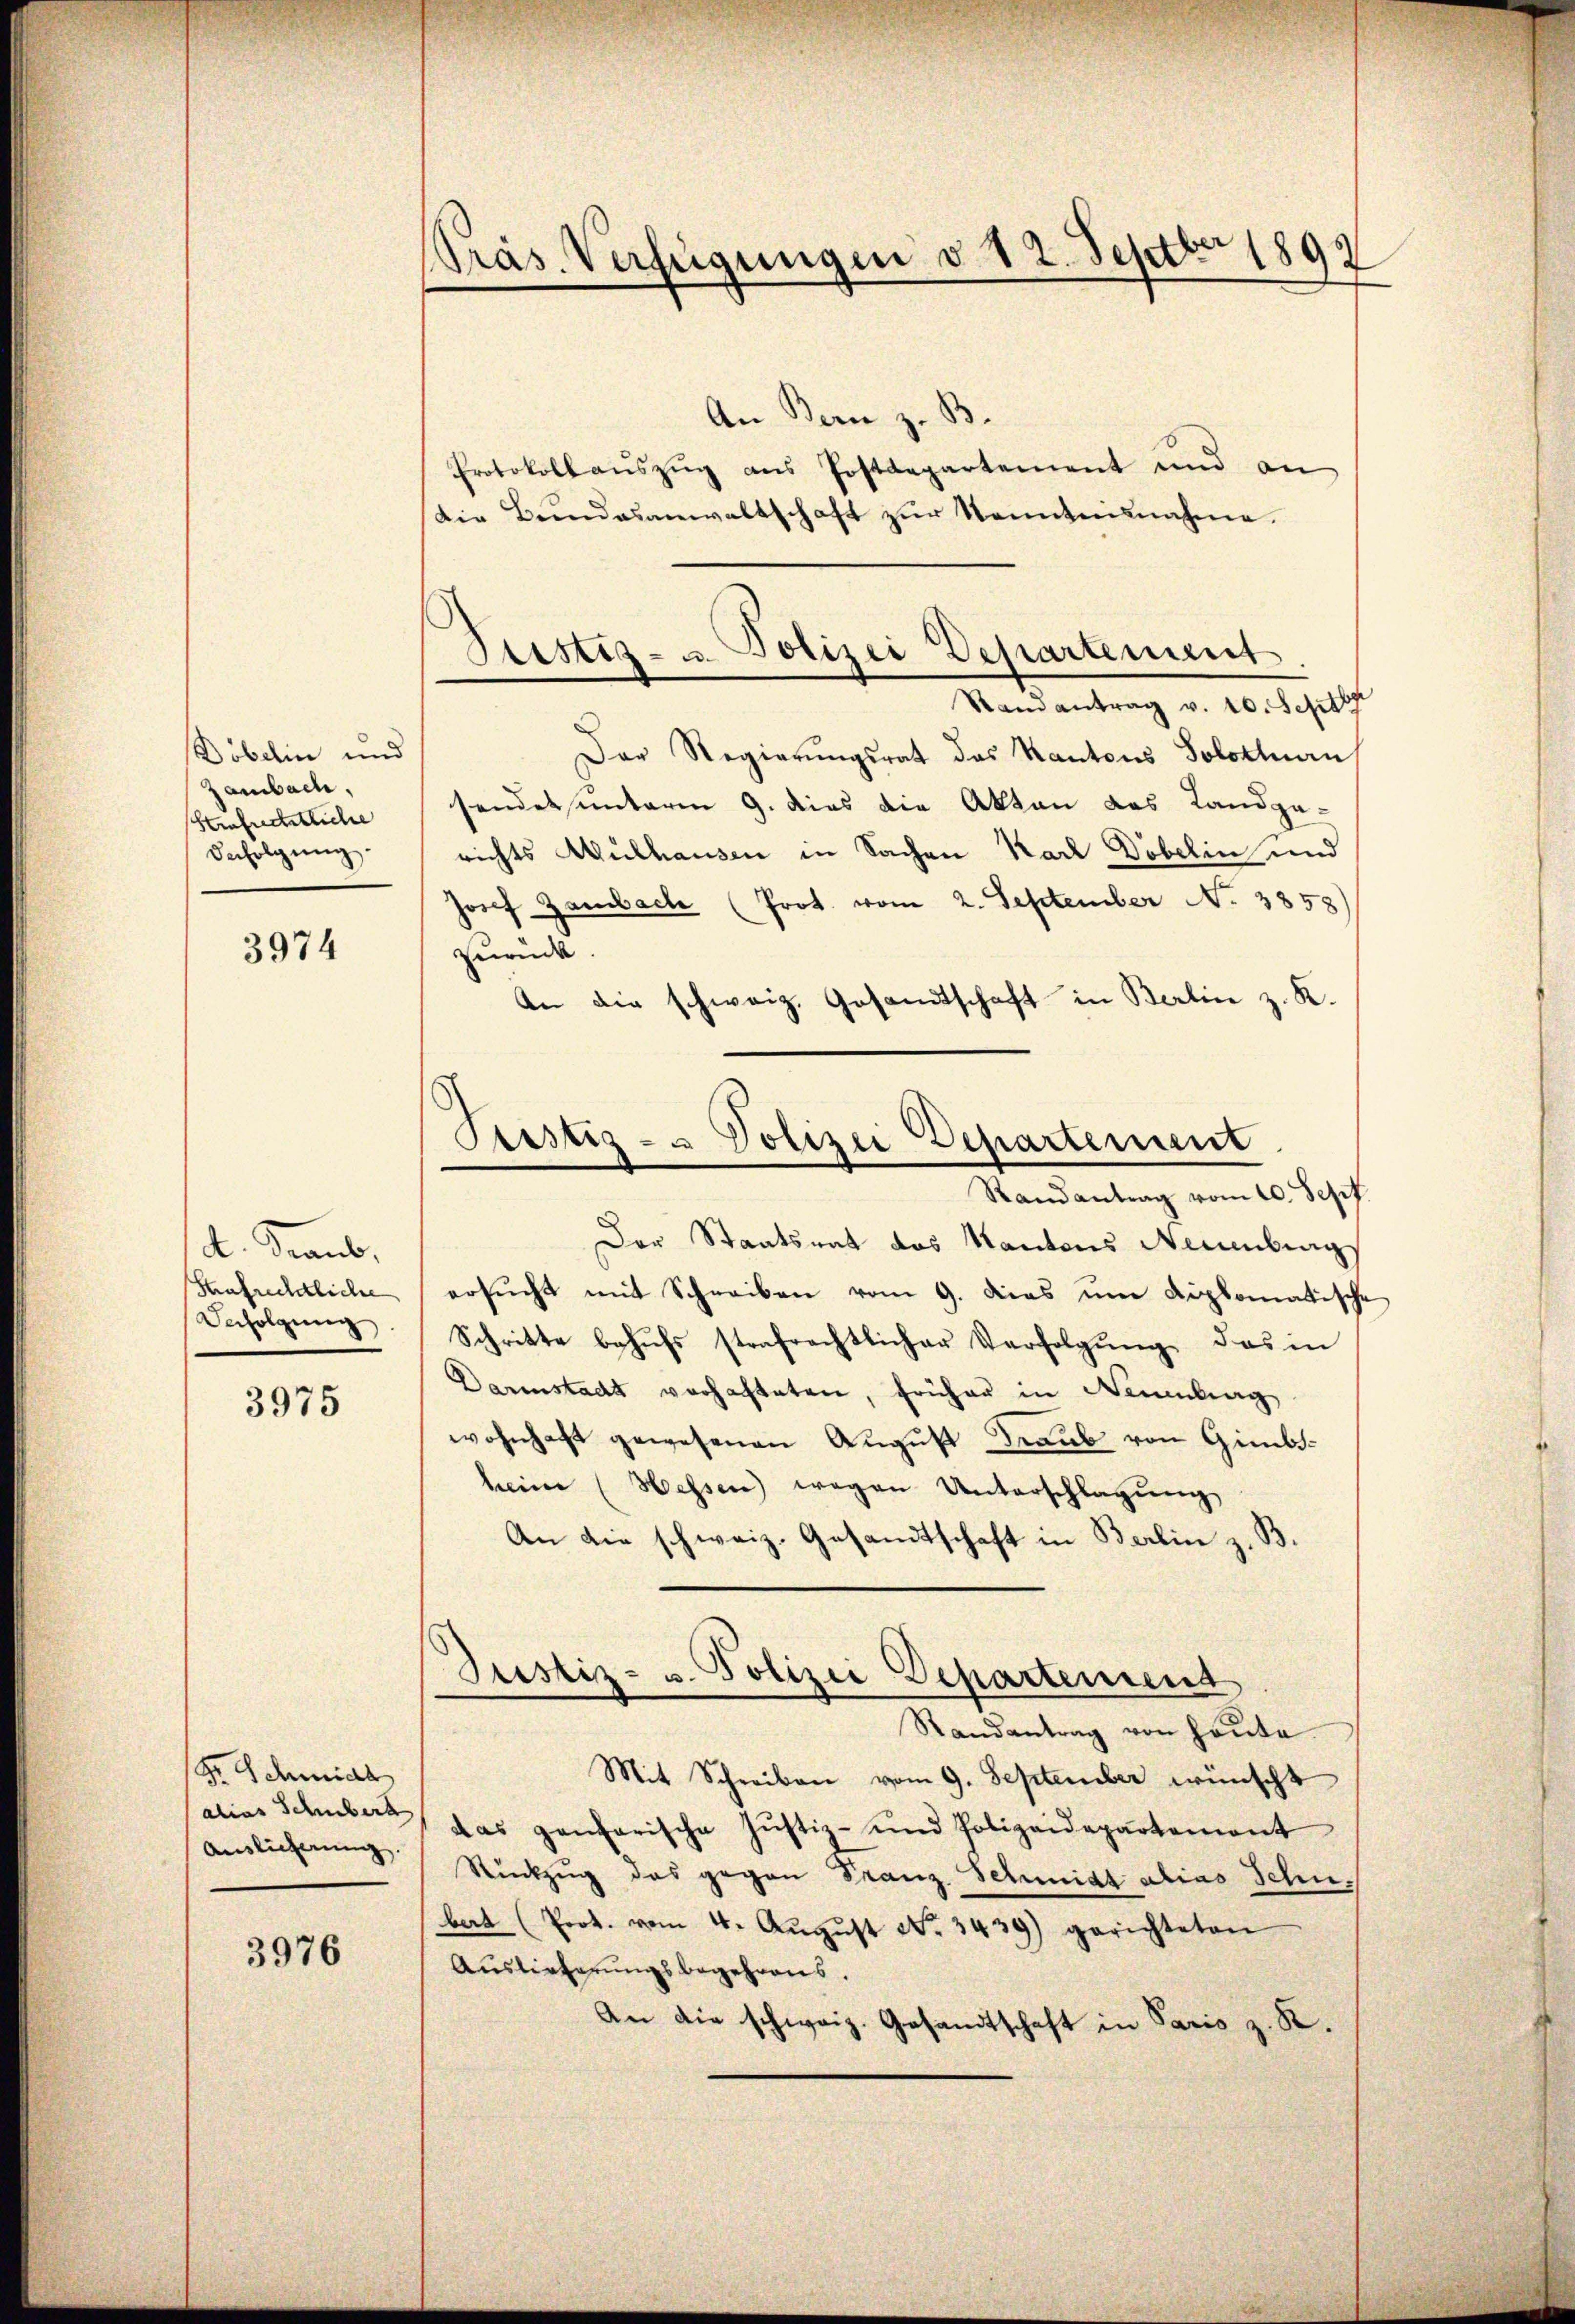
Döbelin und
zambach,
Strafrechtliche
Befolgung.

3974

d. Traub,
saufrechtliche
Befolgŭng.

3975

Dr. Schmidl
alias Schuberk
Auslicherung.

3976

Präs. Verfügungen v. 12. Septbr 1899

An Bern z. B.
Protokollaŭszŭg ans Postdepartement und an
die Bŭndesanwaltschaft zŭr Kenntnisnahme.
Randantrag v. 10. Septbr
Der Regierŭngsrat das Kantons Solothurn,
sendet unterm 9. dies die Akten das Landpa-
richts Mülhausen in Sachen Karl Döbelin und
Josef Zambach (Prot. vom 2. September No. 3858)
zurück.
An die schweiz. Gesandtschaft in Berlin z. K.
Der Staatsrat des Kantons Neuenburg
ersŭcht mit Schreiben vom 9. dies um diplomatische
Schritte behufs strafrechtlicher Verfolgung das in
Darmstadt verhafteten, früher in Neuenburg
wohnhaft gewesenen August Graub von Gimbheim (Hessen) wegen Unterschlagung
An die schweiz. Gesandtschaft in Berlin z. B.
Justiz- u. Polizei Departement
Randantrag von heute
Mit Schreiben vom 9. September wünscht
das gantarische Justiz- und Polizeidepartement
Rückzug das gegen Franz. Schmidt alias Schus
bart (Prot. vom 4. Aŭgŭst No. 3439) gerichteten
Auslieferŭngsbegehrens.
An die schweiz. Gesandtschaft in Paris z. R.

Zustiz- u. Polizei Departement

Testiz- & Polizei Departement
Randantrag vom 10. Sept.